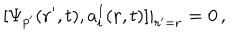
LaTeX: [ \Psi _ { p ^ { \prime } } ( { \bf r } ^ { \prime } , t ) , a _ { i } ^ { I } ( { \bf r } , t ) ] | _ { { \bf r } ^ { \prime } = { \bf r } } = 0 \, ,